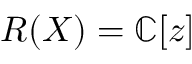
R ( X ) = \mathbb { C } [ z ]